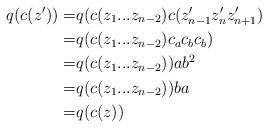
LaTeX: \begin{align*}q(c(z'))=& q(c(z_1...z_{n-2})c(z_{n-1}'z_n'z_{n+1}') \\=& q(c(z_1...z_{n-2})c_ac_bc_b) \\=& q(c(z_1...z_{n-2}))ab^2 \\=& q(c(z_1...z_{n-2}))ba \\=& q(c(z))\end{align*}